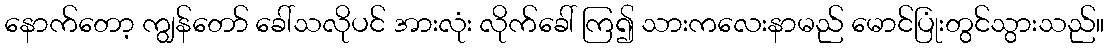
နောက်တော့ ကျွန်တော် ခေါ်သလိုပင် အားလုံး လိုက်ခေါ် ကြ၍ သားကလေးနာမည် မောင်ပြုံးတွင်သွားသည်။